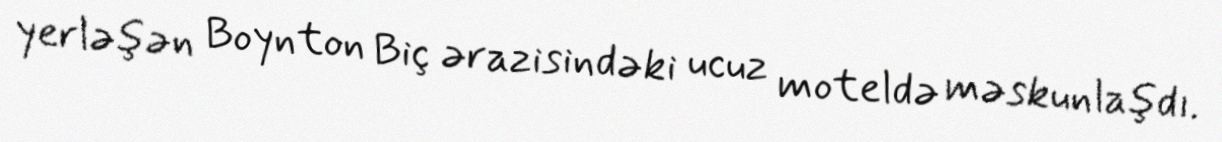
yerləşən Boynton Biç ərazisindəki ucuz moteldə məskunlaşdı.